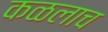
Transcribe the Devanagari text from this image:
कळलाच